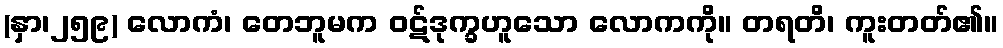
(နှာ၊၂၅၉) လောကံ၊ တေဘူမက ဝဋ်ဒုက္ခဟူသော လောကကို။ တရတိ၊ ကူးတတ်၏။